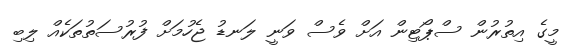
މީގެ އިތުރުން ސްޕޯޓިން އަށް ވެސް ވަނީ ލަނޑު ޖެހުމަށް ފުރުސަތުތަކެއް ލިބި